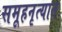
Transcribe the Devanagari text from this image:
समूहनृत्यात